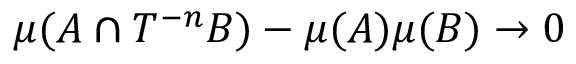
\mu ( A \cap T ^ { - n } B ) - \mu ( A ) \mu ( B ) \to 0